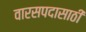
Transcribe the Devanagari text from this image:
वारसपदासाठी